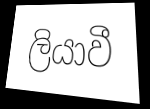
ලියාවී